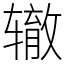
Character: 辙